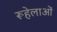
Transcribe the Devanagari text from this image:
रूहेलाओं